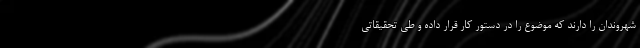
شهروندان را دارند که موضوع را در دستور کار قرار داده و طی تحقیقاتی